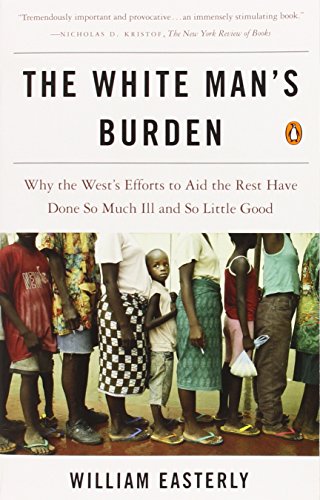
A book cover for The White Man's Burden: Why the West's Efforts to Aid the Rest Have Done So Much Ill and So Little Good; William Easterly; Business & Money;